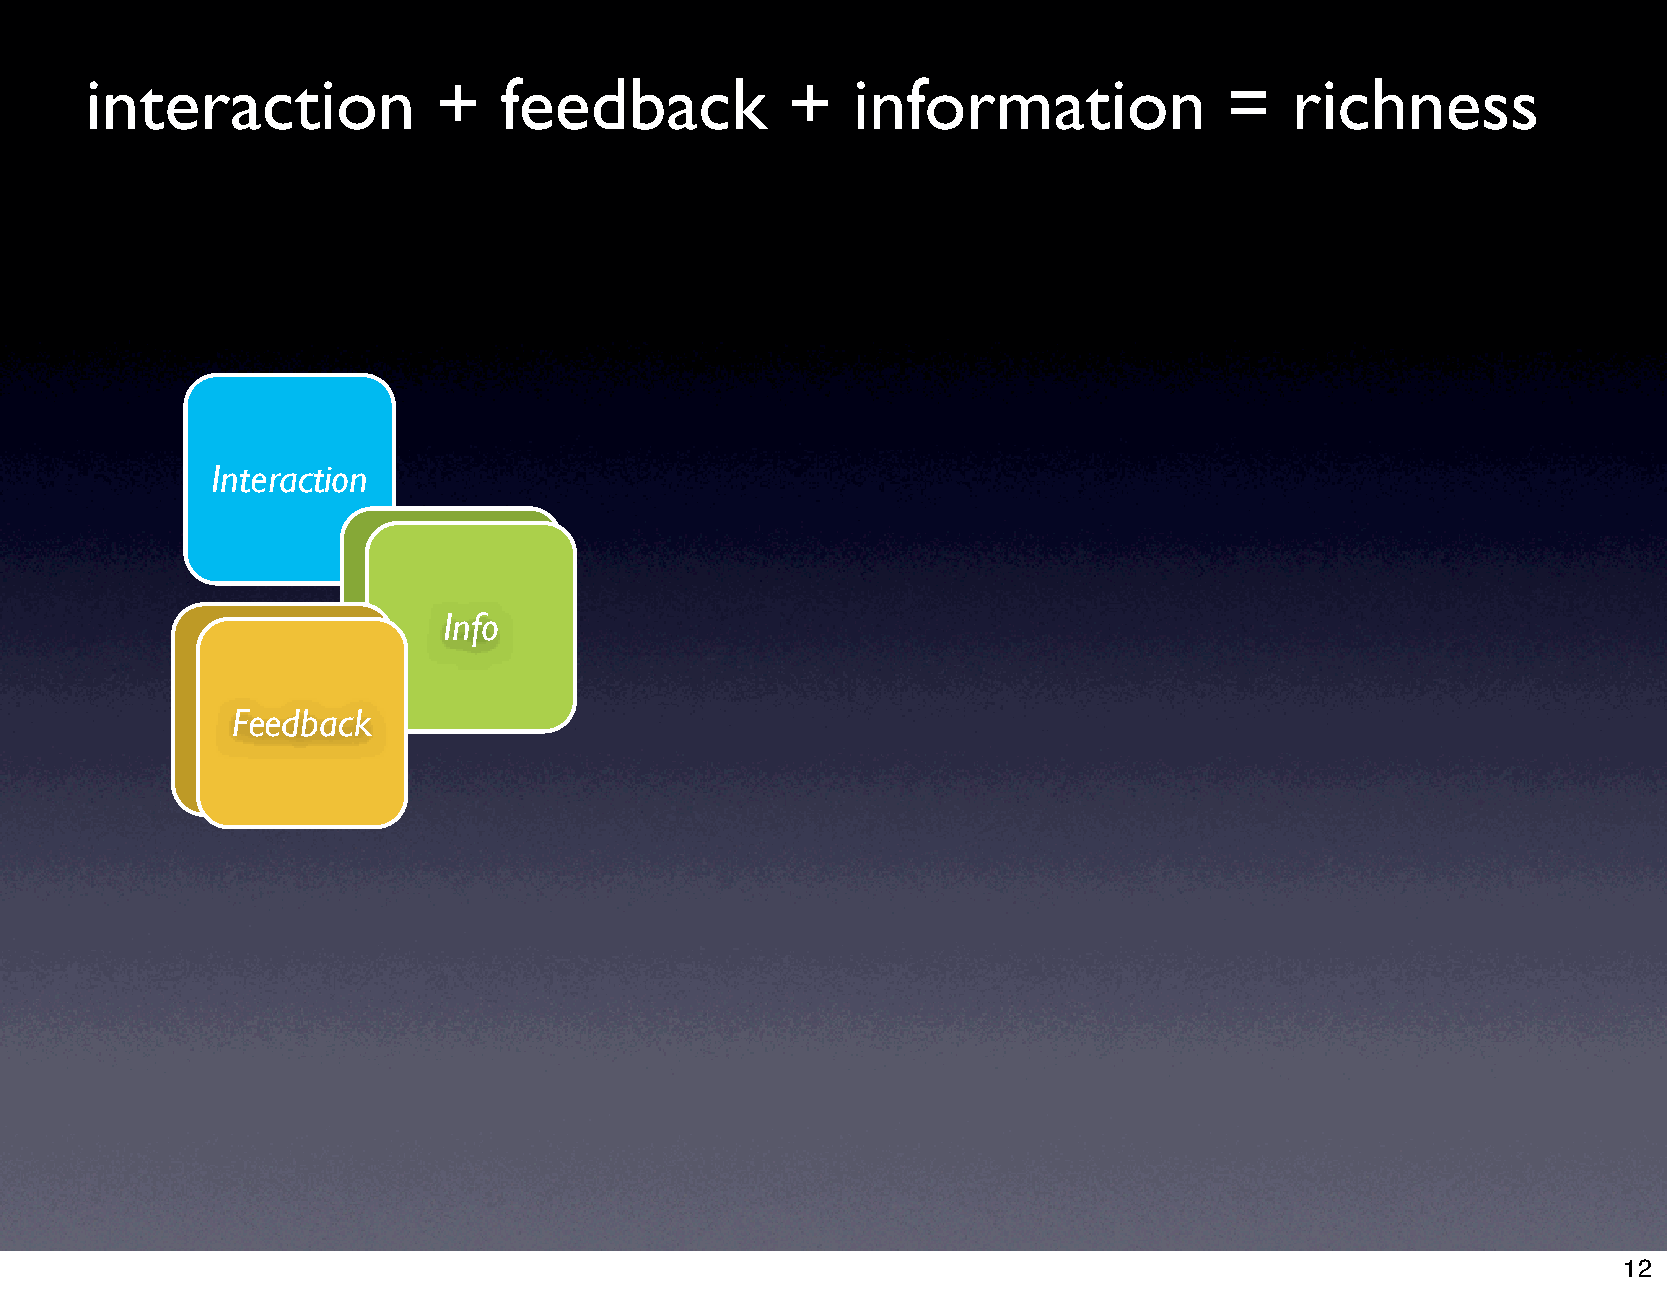
interaction            +   feedback           +   information              =   richness
 Interaction
 Info
 Feedback
 12